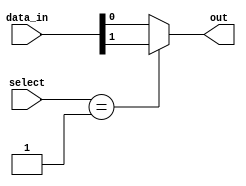
module mux_64to1 (
    input [63:0] data_in, // 64 input signals
    input [5:0] select,   // 6-bit select signal
    output reg out        // selected output signal
);

always @(*) begin
    case(select)
        6'b000000: out = data_in[0];
        6'b000001: out = data_in[1];
        // add cases for all 64 input signals
        // e.g. 6'b111111: out = data_in[63];
        default: out = data_in[0]; // default case
    endcase
end

endmodule